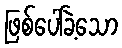
ဖြစ်ပေါ်ခဲ့သော